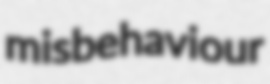
misbehaviour